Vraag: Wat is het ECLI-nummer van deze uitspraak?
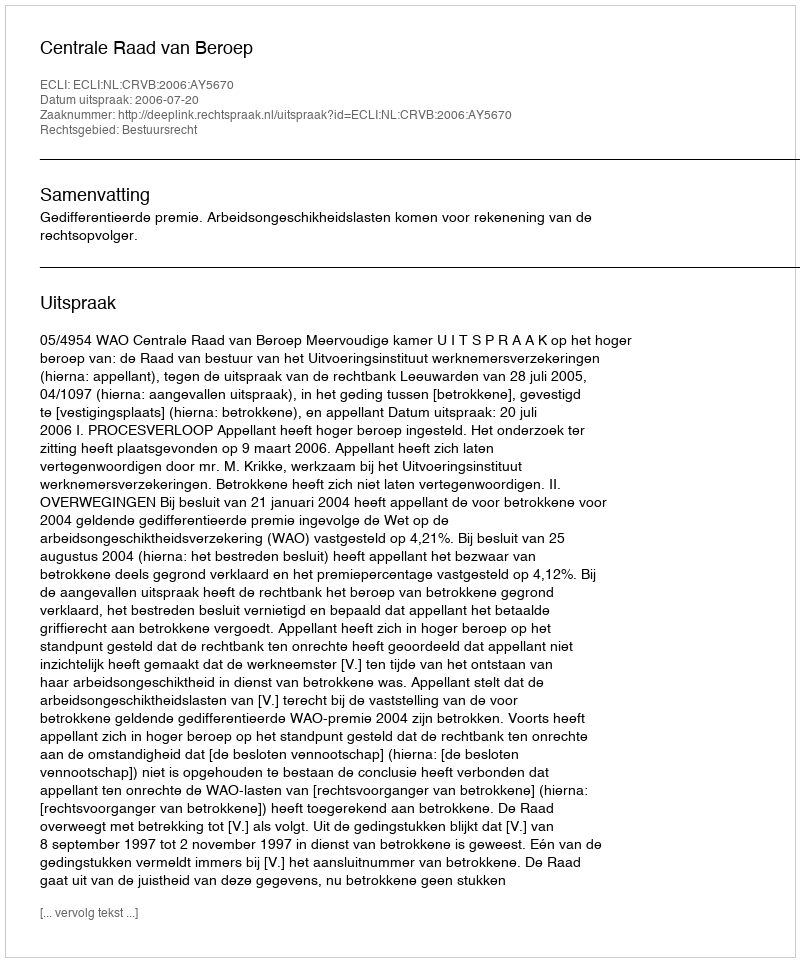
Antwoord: ECLI:NL:CRVB:2006:AY5670